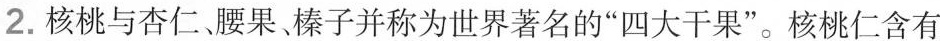
2.核桃与杏仁腰果榛子并称为世界著名的“四大干果”。核桃仁含有